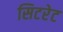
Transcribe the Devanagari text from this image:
सिटरेट